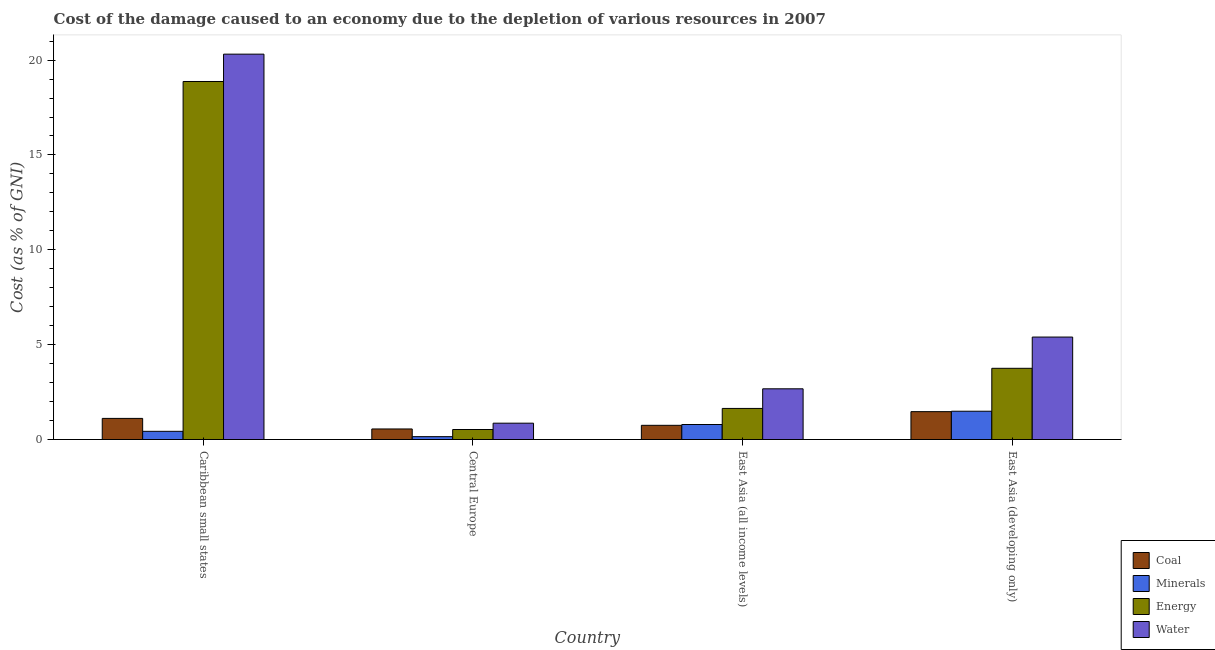
| Country | Coal | Minerals | Energy | Water |
 | --- | --- | --- | --- | --- |
 | Caribbean small states | 1.11 | 0.432 | 18.9 | 20.3 |
 | Central Europe | 0.557 | 0.151 | 0.527 | 0.861 |
 | East Asia (all income levels) | 0.748 | 0.792 | 1.64 | 2.67 |
 | East Asia (developing only) | 1.47 | 1.49 | 3.75 | 5.4 |